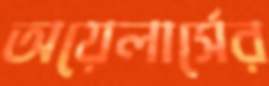
অয়েলার্সের